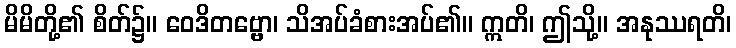
မိမိတို့၏ စိတ်၌။ ဝေဒိတဗ္ဗော၊ သိအပ်ခံစားအပ်၏။ ဣတိ၊ ဤသို့။ အနုဿရတိ၊